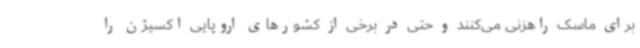
برای ماسک راهزنی می‌کنند و حتی در برخی از کشورهای اروپایی اکسیژن را